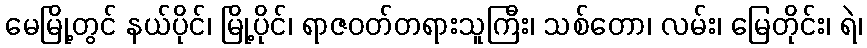
မေမြို့တွင် နယ်ပိုင်၊ မြို့ပိုင်၊ ရာဇဝတ်တရားသူကြီး၊ သစ်တော၊ လမ်း၊ မြေတိုင်း၊ ရဲ၊